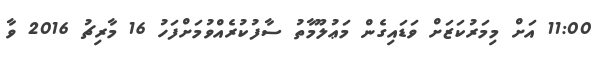
11:00 އަށް މިމަރުކަޒަށް ވަޑައިގެން މަޢުލޫމާތު ސާފުކުރެއްވުމަށްފަހު 16 މާރިޗު 2016 ވާ